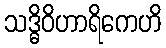
သဒ္ဓိဝိဟာရိကေဟိ